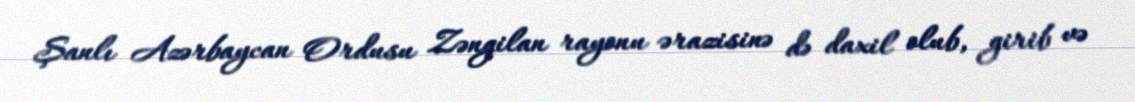
Şanlı Azərbaycan Ordusu Zəngilan rayonu ərazisinə də daxil olub, girib və